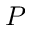
P